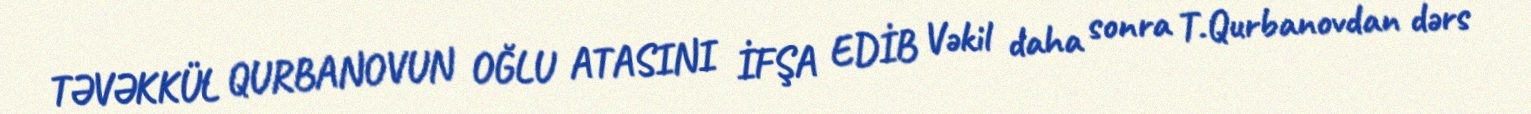
TƏVƏKKÜL QURBANOVUN OĞLU ATASINI İFŞA EDİB Vəkil daha sonra T.Qurbanovdan dərs